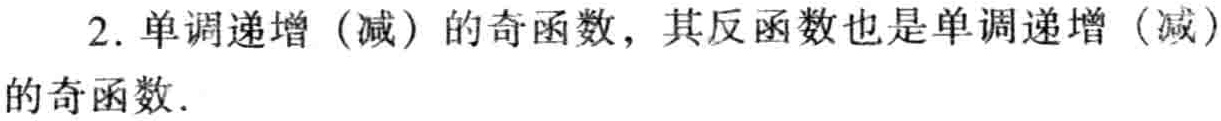
2. 单调递增（减）的奇函数，其反函数也是单调递增（减）的奇函数.